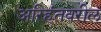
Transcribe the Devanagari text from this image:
अरिहंतवरील